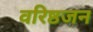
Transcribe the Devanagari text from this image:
वरिष्ठजन